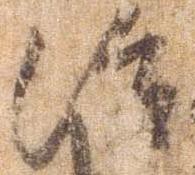
治